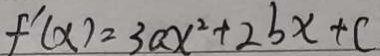
f ^ { \prime } ( x ) = 3 a x ^ { 2 } + 2 b x + c